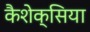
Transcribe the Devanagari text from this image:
कैशेक्सिया